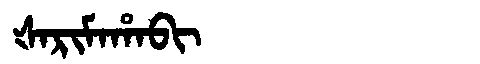
Manchu: ᡧᠠᡵᡳᠮᠠᡥᠠᠪᡳ
Romanization: ŠARIMAHABI